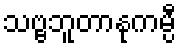
သဗ္ဗဘူတာနုကမ္ပီ